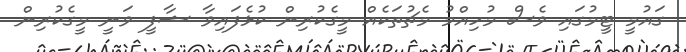
ގައުމީ ޓީމުގައި ވެސް މުހިއްމު މެޗުތަކެއް މީގެކުރިން ކުޅެފައިވާ ޝާފީ ވަނީ މީގެކުރިން